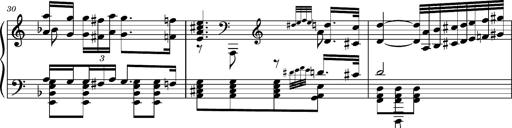
Title: Ungarischer Romanzero
Composer: Franz Liszt